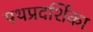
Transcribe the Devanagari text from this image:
पथप्रदर्शिका